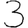
Digit: 3